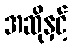
အဆိုနှင့်